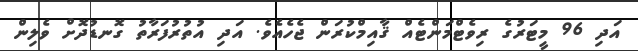
އަދި 96 މީޓަރުގެ ރިވެޓްމަންޓެއް ޤާއިމްކުރަން ޖެހެއެވެ. އަދި އުތުރުފަރާތު ގޮނޑުދޮށް ވެލިން